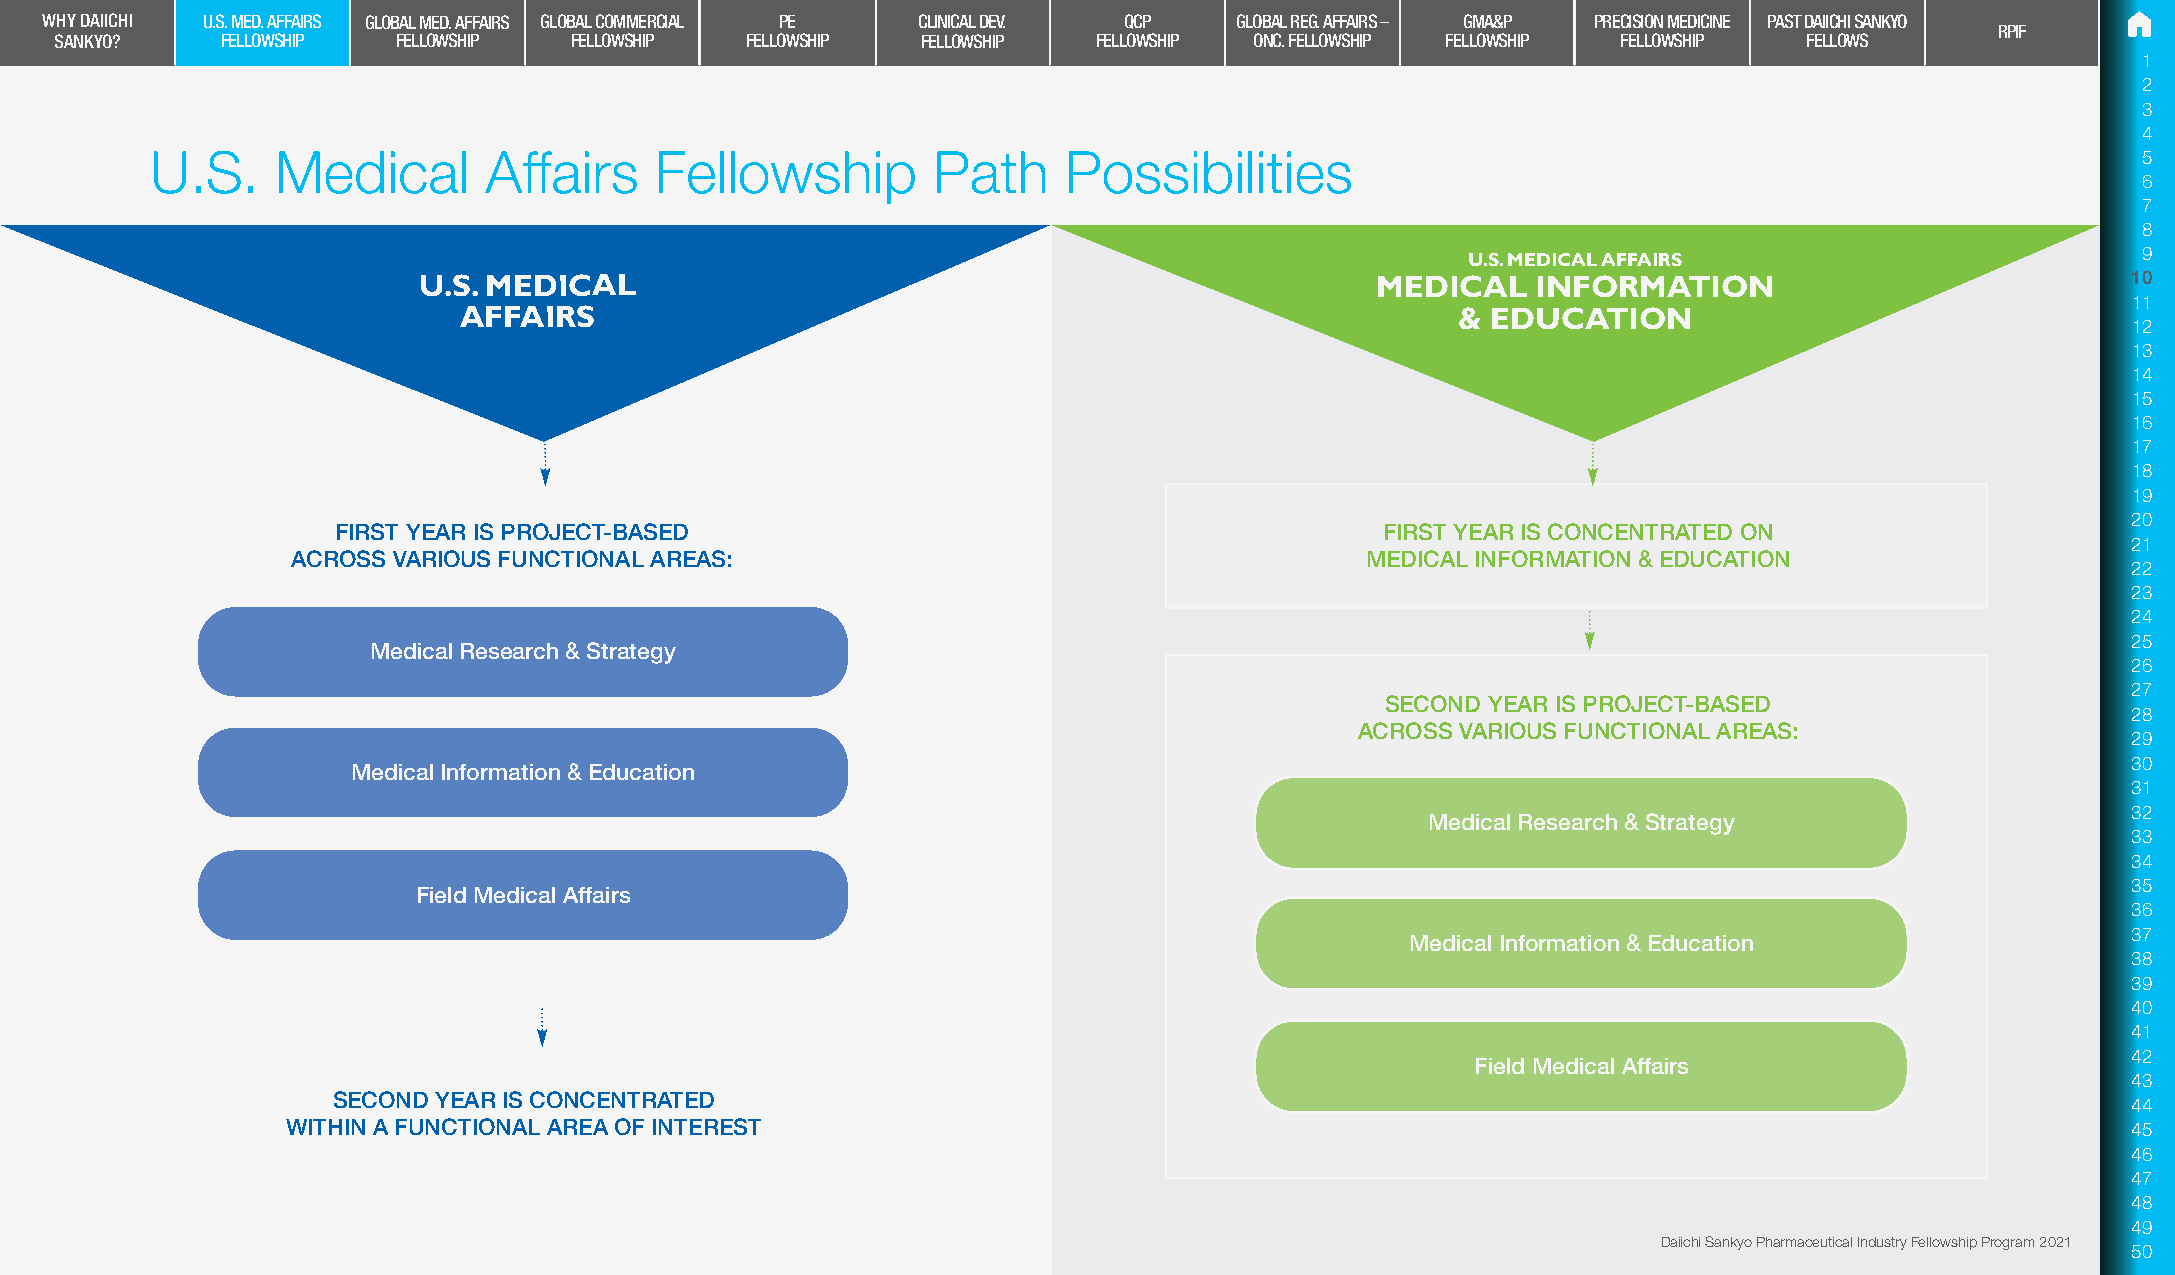
WHY DAIICHI U.S. MED. AFFAIRS GLOBAL MED. AFFAIRS GLOBAL COMMERCIAL PE CLINICAL DEV. QCP GLOBAL REG. AFFAIRS – GMA&P PRECISION MEDICINE PAST DAIICHI SANKYO
 RPIF
 SANKYO?    FELLOWSHIP FELLOWSHIP  FELLOWSHIP FELLOWSHIP  FELLOWSHIP  FELLOWSHIP ONC. FELLOWSHIP FELLOWSHIP FELLOWSHIP FELLOWS
 1
 2
 3
 4
 U.S.    Medical       Affairs    Fellowship         Path     Possibilities                                                          5
 6
 7
 8
 U.S. MEDICAL AFFAIRS                         9
 U.S. MEDICAL                                                   MEDICAL    INFORMATION                            10
 11
 AFFAIRS                                                            & EDUCATION
 12
 13
 14
 15
 16
 17
 18
 19
 20
 FIRST YEAR IS PROJECT-BASED                                           FIRST YEAR IS CONCENTRATED ON
 21
 ACROSS VARIOUS FUNCTIONAL AREAS:                                       MEDICAL INFORMATION & EDUCATION
 22
 23
 24
 25
 Medical Research & Strategy
 26
 27
 SECOND YEAR IS PROJECT-BASED
 28
 ACROSS VARIOUS FUNCTIONAL AREAS:
 29
 30
 Medical Information & Education
 31
 32
 Medical Research & Strategy
 33
 34
 35
 Field Medical Affairs
 36
 37
 Medical Information & Education
 38
 39
 40
 41
 42
 Field Medical Affairs
 43
 SECOND YEAR IS CONCENTRATED
 44
 WITHIN A FUNCTIONAL AREA OF INTEREST                                                                                      45
 46
 47
 48
 49
 Daiichi Sankyo Pharmaceutical Industry Fellowship Program 2021
 50